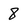
Character: 8